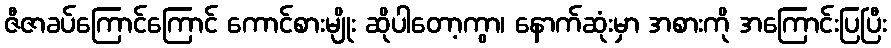
ဇီဇာခပ်ကြောင်ကြောင် ကောင်စားမျိုး ဆိုပါတော့ကွာ၊ နောက်ဆုံးမှာ အစားကို အကြောင်းပြပြီး